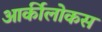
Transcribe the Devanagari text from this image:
आर्कीलोकस